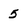
Character: 5